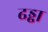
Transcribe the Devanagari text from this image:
ढड्ढा